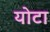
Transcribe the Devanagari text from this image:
योटा